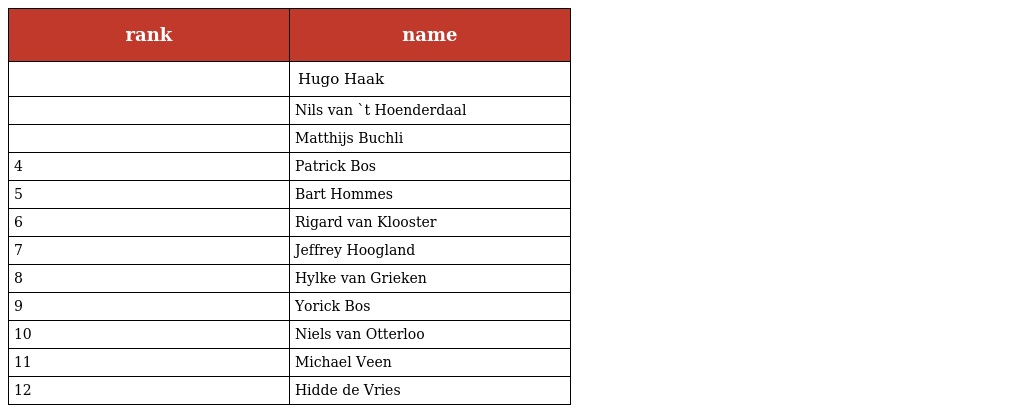
| rank | name |
 | --- | --- |
 |  | Hugo Haak |
 |  | Nils van `t Hoenderdaal |
 |  | Matthijs Buchli |
 | 4 | Patrick Bos |
 | 5 | Bart Hommes |
 | 6 | Rigard van Klooster |
 | 7 | Jeffrey Hoogland |
 | 8 | Hylke van Grieken |
 | 9 | Yorick Bos |
 | 10 | Niels van Otterloo |
 | 11 | Michael Veen |
 | 12 | Hidde de Vries |